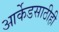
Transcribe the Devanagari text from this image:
आर्केडसाठीही